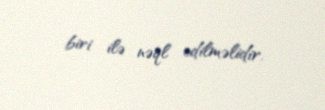
biri ilə nəql edilməlidir.